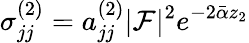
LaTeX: \sigma_{jj}^{(2)}=a_{jj}^{(2)}|\mathcal{F}|^{2}e^{-2\bar{\alpha}z_{2}}